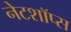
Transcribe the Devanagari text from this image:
नेटशॉप्स